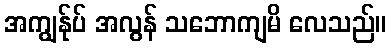
အကျွန်ုပ် အလွန် သဘောကျမိ လေသည်။